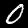
Digit: 0